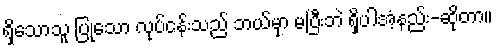
ရှိသောသူ ပြုသော လုပ်ငန်းသည် ဘယ်မှာ မပြီးဘဲ ရှိပါအံ့နည်း-ဆိုတာ။